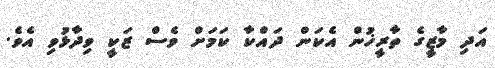
އަދި މާޒީގެ ތާރީޚުން އެކަން ދައްކާ ކަމަށް ވެސް ޒަކީ ވިދާޅުވި އެވެ.